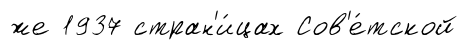
же 1937 стран'и́цах Сов'е́тской